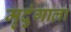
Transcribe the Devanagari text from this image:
मृदुंगाला